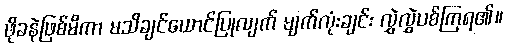
ဖိုခနဲဖြစ်မိကာ မသိချင်ယောင်ပြုလျက် မျက်လုံးချင်း လွှဲလွှဲပစ်ကြရ၏။